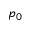
p _ { 0 }